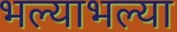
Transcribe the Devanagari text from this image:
भल्याभल्या